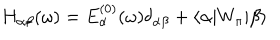
LaTeX: H _ { \alpha \beta } ( \omega ) = E _ { \alpha } ^ { ( 0 ) } ( \omega ) \delta _ { \alpha \beta } + \langle \alpha | W _ { \pi } | \beta \rangle